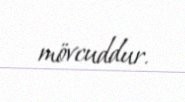
mövcuddur.